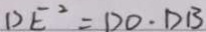
D E ^ { 2 } = D O \cdot D B